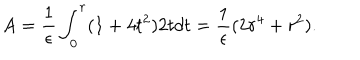
A = { \frac { 1 } { \epsilon } } \int _ { 0 } ^ { r } ( 1 + 4 t ^ { 2 } ) 2 t d t = { \frac { 1 } { \epsilon } } ( 2 r ^ { 4 } + r ^ { 2 } ) .